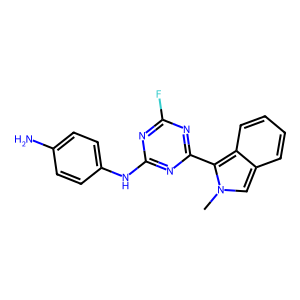
SMILES: Cn1cc2ccccc2c1-c1nc(F)nc(Nc2ccc(N)cc2)n1
Inhibits HIV replication: No